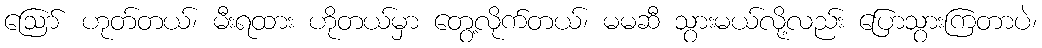
ဪ ဟုတ်တယ်၊ မီးရထား ဟိုတယ်မှာ တွေ့လိုက်တယ်၊ မမဆီ သွားမယ်လို့လည်း ပြောသွားကြတာပဲ၊